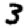
Digit: 3